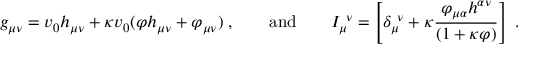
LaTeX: g _ { \mu \nu } = v _ { 0 } h _ { \mu \nu } + \kappa v _ { 0 } ( \varphi h _ { \mu \nu } + \varphi _ { \mu \nu } ) \; , \qquad \mathrm { a n d } \qquad I _ { \mu } ^ { \ \nu } = \left[ \delta _ { \mu } ^ { \ \nu } + \kappa \frac { \varphi _ { \mu \alpha } h ^ { \alpha \nu } } { ( 1 + \kappa \varphi ) } \right] \; .